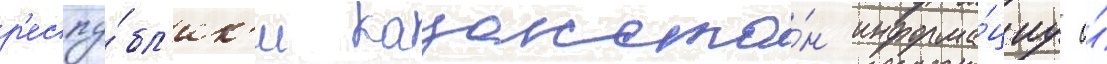
р'еспу́бл'ик'и казахста́н информа́циу о́